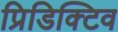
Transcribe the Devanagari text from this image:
प्रिडिक्टिव